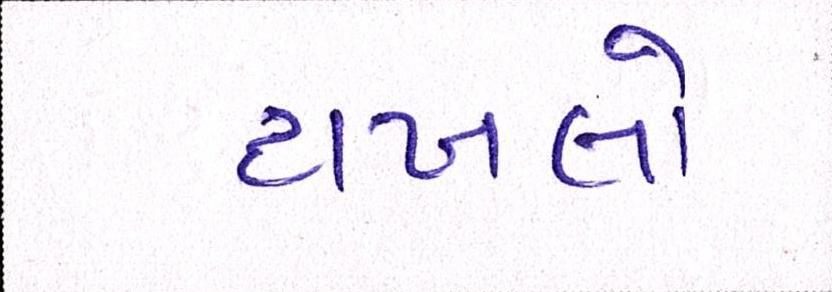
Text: દાખલો